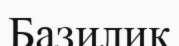
Базилик